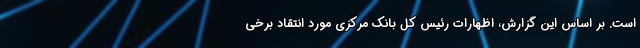
است. بر اساس این گزارش، اظهارات رئیس کل بانک مرکزی مورد انتقاد برخی